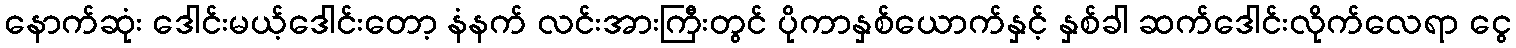
နောက်ဆုံး ဒေါင်းမယ့်ဒေါင်းတော့ နံနက် လင်းအားကြီးတွင် ပိုကာနှစ်ယောက်နှင့် နှစ်ခါ ဆက်ဒေါင်းလိုက်လေရာ ငွေ